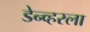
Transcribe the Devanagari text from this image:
डेन्व्हरला